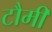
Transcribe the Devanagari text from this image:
टौमी